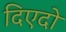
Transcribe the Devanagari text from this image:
दिएदो